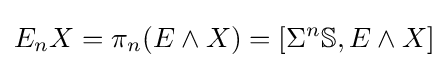
E_{n}X=\pi _{n}(E\wedge X)=[\Sigma ^{n}\mathbb {S} ,E\wedge X]